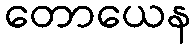
တောယေန